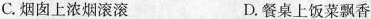
C.烟囱上浓烟滚滚 D.餐桌上饭菜飘香